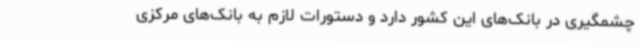
چشمگیری در بانک‌های این کشور دارد و دستورات لازم به بانک‌های مرکزی